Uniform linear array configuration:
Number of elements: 4
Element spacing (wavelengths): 0.5
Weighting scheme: blackman
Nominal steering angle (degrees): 60
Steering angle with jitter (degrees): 60.599
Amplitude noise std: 0.05
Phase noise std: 0.05

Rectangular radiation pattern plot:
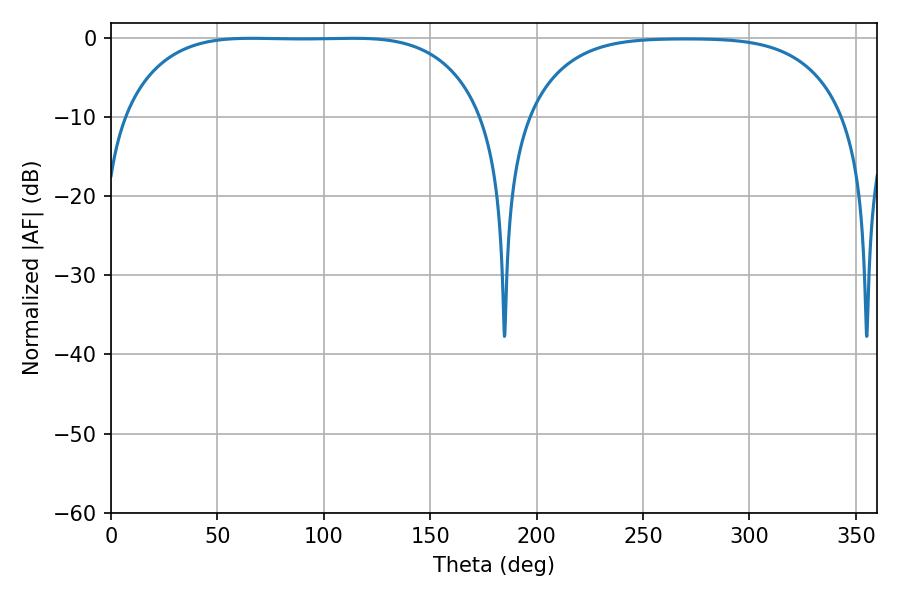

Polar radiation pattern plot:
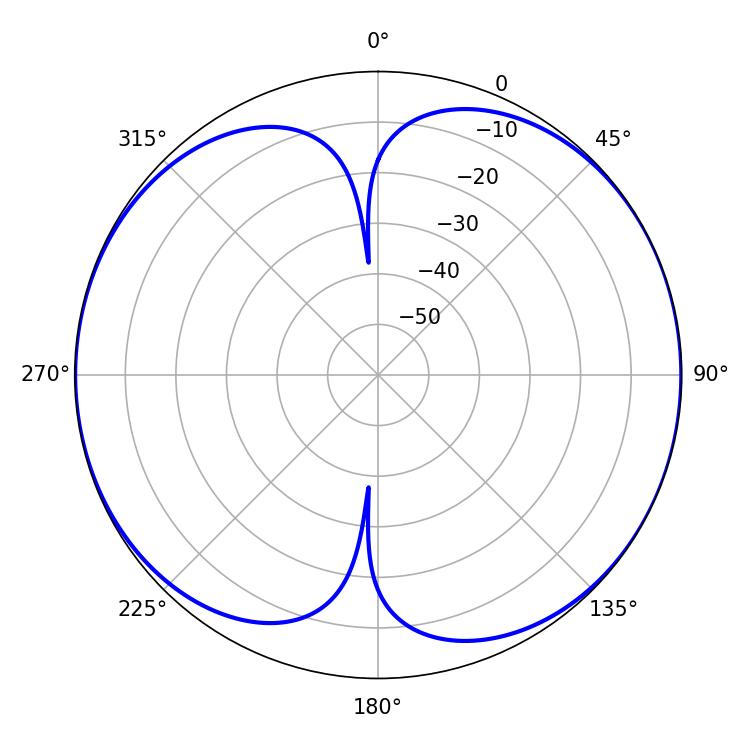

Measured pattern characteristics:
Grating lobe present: FALSE
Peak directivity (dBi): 9.251
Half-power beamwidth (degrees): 131.04
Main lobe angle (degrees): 66.06